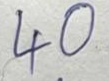
40